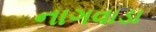
નાગવાડા